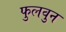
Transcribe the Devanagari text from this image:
फुलवुन